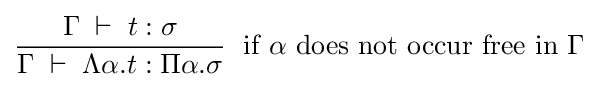
{\frac {\Gamma \;\vdash \;t:\sigma }{\Gamma \;\vdash \;\Lambda \alpha .t:\Pi \alpha .\sigma }}\;{\text{ if }}\alpha {\text{ does not occur free in }}\Gamma